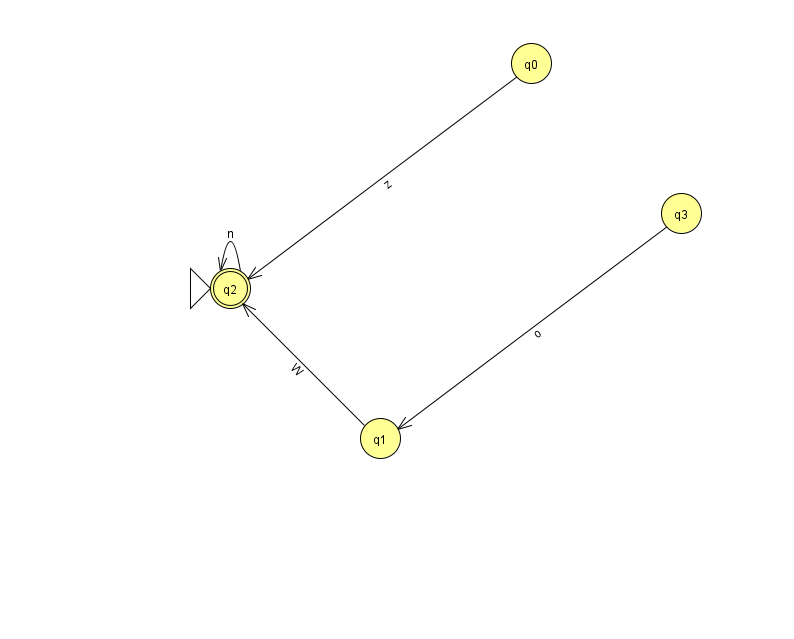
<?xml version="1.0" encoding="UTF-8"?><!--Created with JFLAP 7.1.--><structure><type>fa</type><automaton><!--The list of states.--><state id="0" name="q0"><x>531.0</x><y>50.0</y></state><state id="1" name="q1"><x>380.0</x><y>425.0</y></state><state id="2" name="q2"><x>230.0</x><y>275.0</y><initial/><final/></state><state id="3" name="q3"><x>681.0</x><y>200.0</y></state><!--The list of transitions.--><transition><from>0</from><to>2</to><read>z</read></transition><transition><from>3</from><to>1</to><read>o</read></transition><transition><from>2</from><to>2</to><read>n</read></transition><transition><from>1</from><to>2</to><read>W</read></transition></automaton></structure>